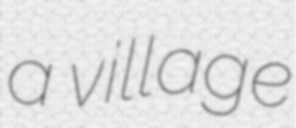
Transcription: a village